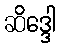
ဆိဒ္ဒေါ